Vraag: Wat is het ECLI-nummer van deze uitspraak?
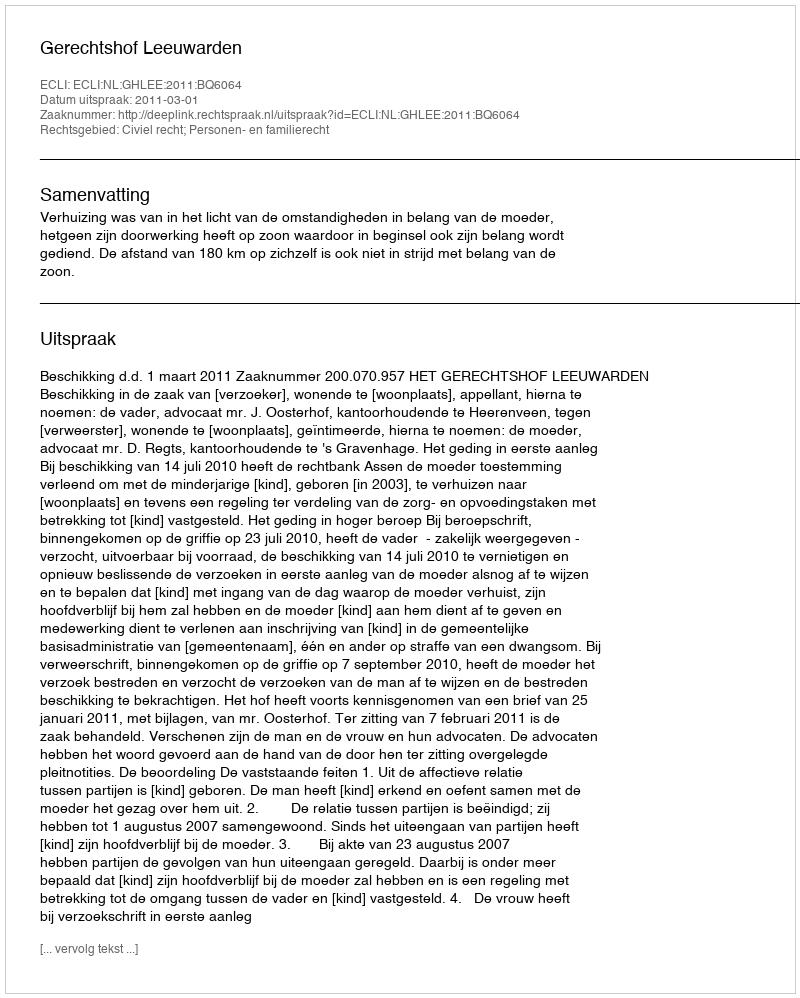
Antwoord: ECLI:NL:GHLEE:2011:BQ6064